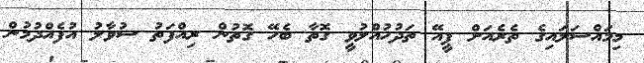
މިމައްސަލައިގެ ތެރެއަށް ޕީއޭ ތަދުހުއްލުވީ ގޮތާ ބެހޭ ގޮތުން ރިއްފަތު ސުވާލު އުފެއްދުމުން